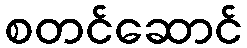
စတင်ဆောင်